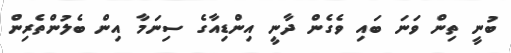
ބުނީ ތިން ވަނަ ބައި ވެގެން ދާނީ އިންޑިއާގެ ސިނަމާ އިން ބެލުންތެރިން